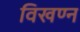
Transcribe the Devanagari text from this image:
विखण्न